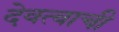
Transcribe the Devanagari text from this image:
देवत्वाची